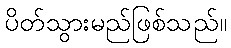
ပိတ်သွားမည်ဖြစ်သည်။